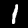
Label: 1